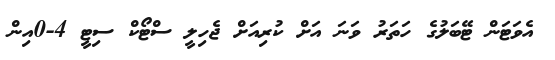
އެވަޓަން ޓޭބަލުގެ ހަތަރު ވަނަ އަށް ކުރިއަށް ޖެހިލީ ސްޓޯކް ސިޓީ 4-0އިން